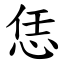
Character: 恁